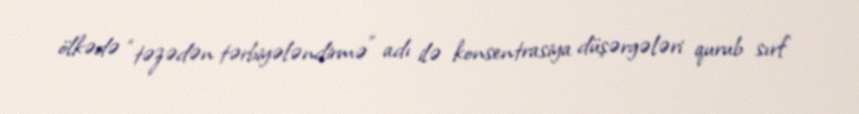
ölkədə “təzədən tərbiyələndirmə” adı ilə konsentrasiya düşərgələri qurub sırf